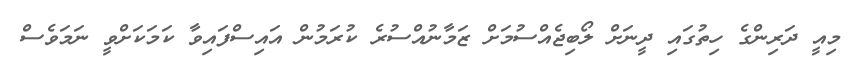
މިއީ ދަރިންގެ ހިތުގައި ދީނަށް ލޯބިޖެއްސުމަށް ޒަމާނުއްސުރެ ކުރަމުން އައިސްފައިވާ ކަމަކަށްވީ ނަމަވެސް